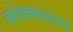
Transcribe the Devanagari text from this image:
कोवालायनन